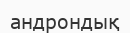
андрондық